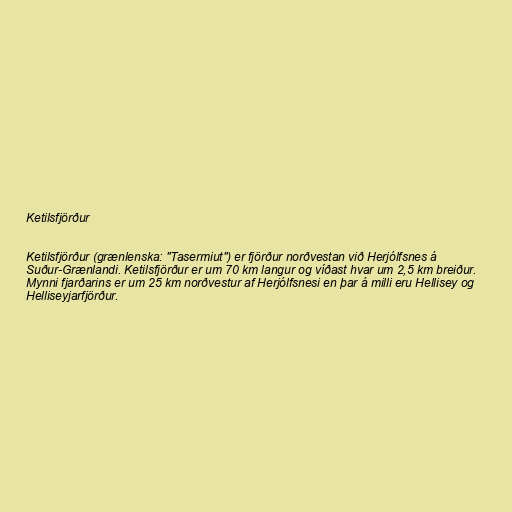
Ketilsfjörður

Ketilsfjörður (grænlenska: "Tasermiut") er fjörður norðvestan við Herjólfsnes á
Suður-Grænlandi. Ketilsfjörður er um 70 km langur og víðast hvar um 2,5 km breiður.
Mynni fjarðarins er um 25 km norðvestur af Herjólfsnesi en þar á milli eru Hellisey og
Helliseyjarfjörður.